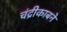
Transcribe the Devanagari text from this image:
चंद्रीकाबने